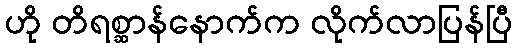
ဟို တိရစ္ဆာန်နောက်က လိုက်လာပြန်ပြီ